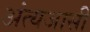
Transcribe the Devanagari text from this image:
अंत्यजासी